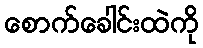
စောက်ခေါင်းထဲကို